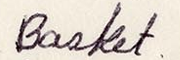
Basket